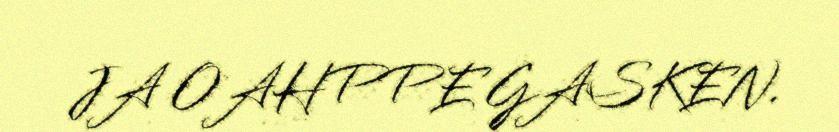
JA OAHPPE GASKEN.